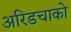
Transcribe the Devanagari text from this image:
अरिडचाको